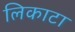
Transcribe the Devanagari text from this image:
लिकाटा